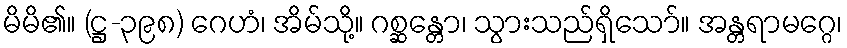
မိမိ၏။ (ဋ္ဌ-၃၉၈) ဂေဟံ၊ အိမ်သို့။ ဂစ္ဆန္တော၊ သွားသည်ရှိသော်။ အန္တရာမဂ္ဂေ၊